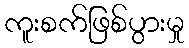
ကူးစက်ဖြစ်ပွားမှု